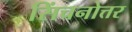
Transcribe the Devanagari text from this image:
सिंचनोत्तर